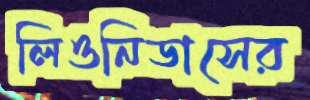
লিওনিডাসের